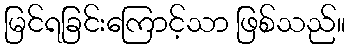
မြင်ရခြင်းကြောင့်သာ ဖြစ်သည်။